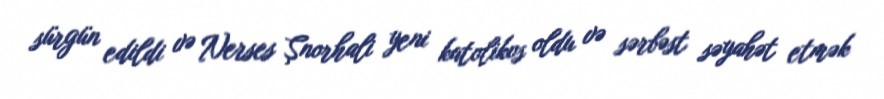
sürgün edildi və Nerses Şnorhali yeni katolikos oldu və sərbəst səyahət etmək